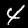
Digit: 4